Vaccination United Provinces of Agra and Oudh 1914-1922 - 1914-1922
Year: 1914
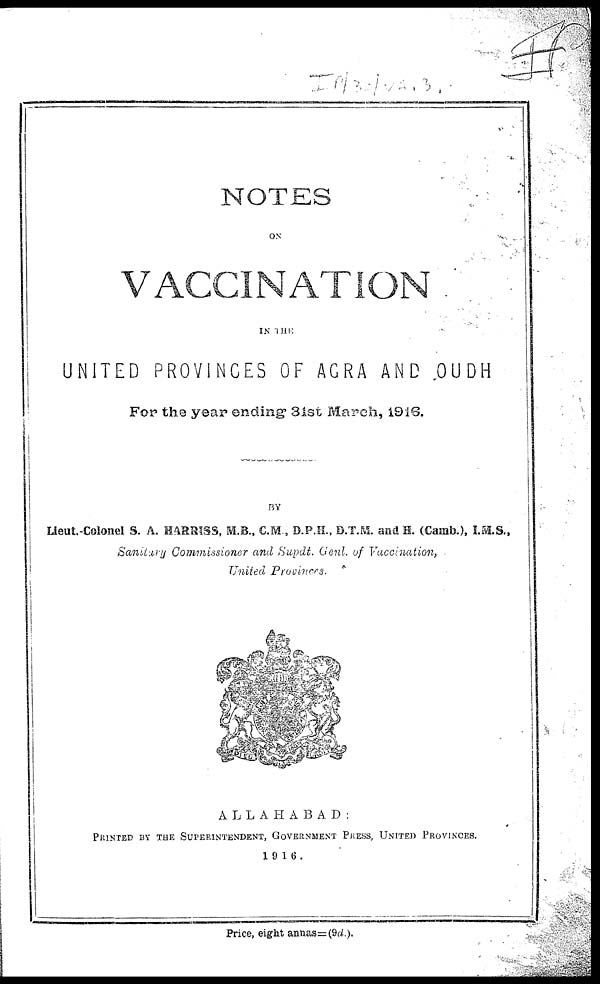
NOTES
ON
VACCINATION
IN THE
UNITED PROVINCES OF AGRA AND OUDH
For the year ending 31st March, 1916.
BY
Lieut.-Colonel S. A. HARRISS, M.B., C.M., D.P.H., D.T.M. and H. (Camb.), I.M.S.,
Sanitary Commissioner and Supdt. Genl. of Vaccination,
United Provinces.
ALLAHABAD:
PRINTED BY THE SUPERINTENDENT, GOVERNMENT PRESS, UNITED PROVINCES.
1916.
Price, eight annas=(9d.).